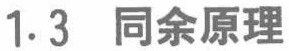
1.3 同余原理